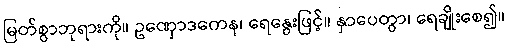
မြတ်စွာဘုရားကို။ ဥဏှောဒကေန၊ ရေနွေးဖြင့်။ နှာပေတွာ၊ ရေချိုးစေ၍။